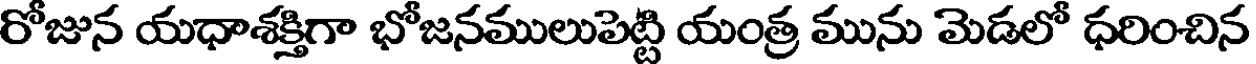
రోజున యధాశక్తిగా భోజనములుపెట్టి యంత్ర మును మెడలో ధరించిన